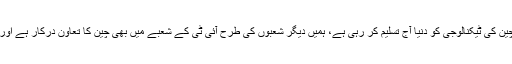
انہوں نے کہا کہ اس میں کوئی شک نہیں ہمارے بہترین دوست ملک چین کی ٹیکنالوجی کو دنیا آج تسلیم کر رہی ہے، ہمیں دیگر شعبوں کی طرح آئی ٹی کے شعبے میں بھی چین کا تعاون درکار ہے اور اس مقصد کے لئے چین کا سفارتخانہ مزید اہم کردار ادا کر سکتا ہے۔